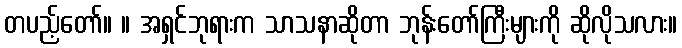
တပည့်တော်။ ။ အရှင်ဘုရားက သာသနာဆိုတာ ဘုန်းတော်ကြီးများကို ဆိုလိုသလား။